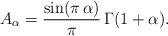
LaTeX: \begin{align*}A_{\alpha} = \frac{\sin(\pi\,\alpha)}{\pi}\,\Gamma(1+\alpha).\end{align*}